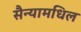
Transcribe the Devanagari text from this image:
सैन्यामधिल